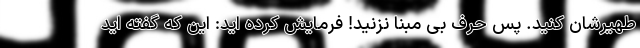
طهیرشان کنید. پس حرف بی مبنا نزنید! فرمایش کرده اید: این که گفته اید